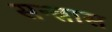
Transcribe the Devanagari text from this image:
सन्त्रास